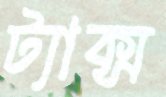
ট্যাক্স